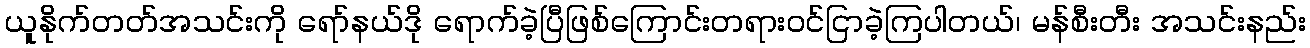
ယူနိုက်တတ်အသင်းကို ရော်နယ်ဒို ရောက်ခဲ့ပြီဖြစ်ကြောင်းတရားဝင်ငြာခဲ့ကြပါတယ်၊ မန်စီးတီး အသင်းနည်း